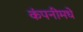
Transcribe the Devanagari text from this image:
कंपनीमधे